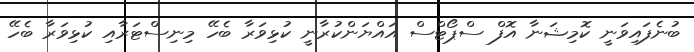
ބުނެފައިވަނީ ކޮމިޝަނާ އޮފް ސްޕޯޓްސް އައްޔަންކުރާނީ ކުޅިވަރާ ބެހޭ މިނިސްޓަރާއި ކުޅިވަރާ ބެހޭ